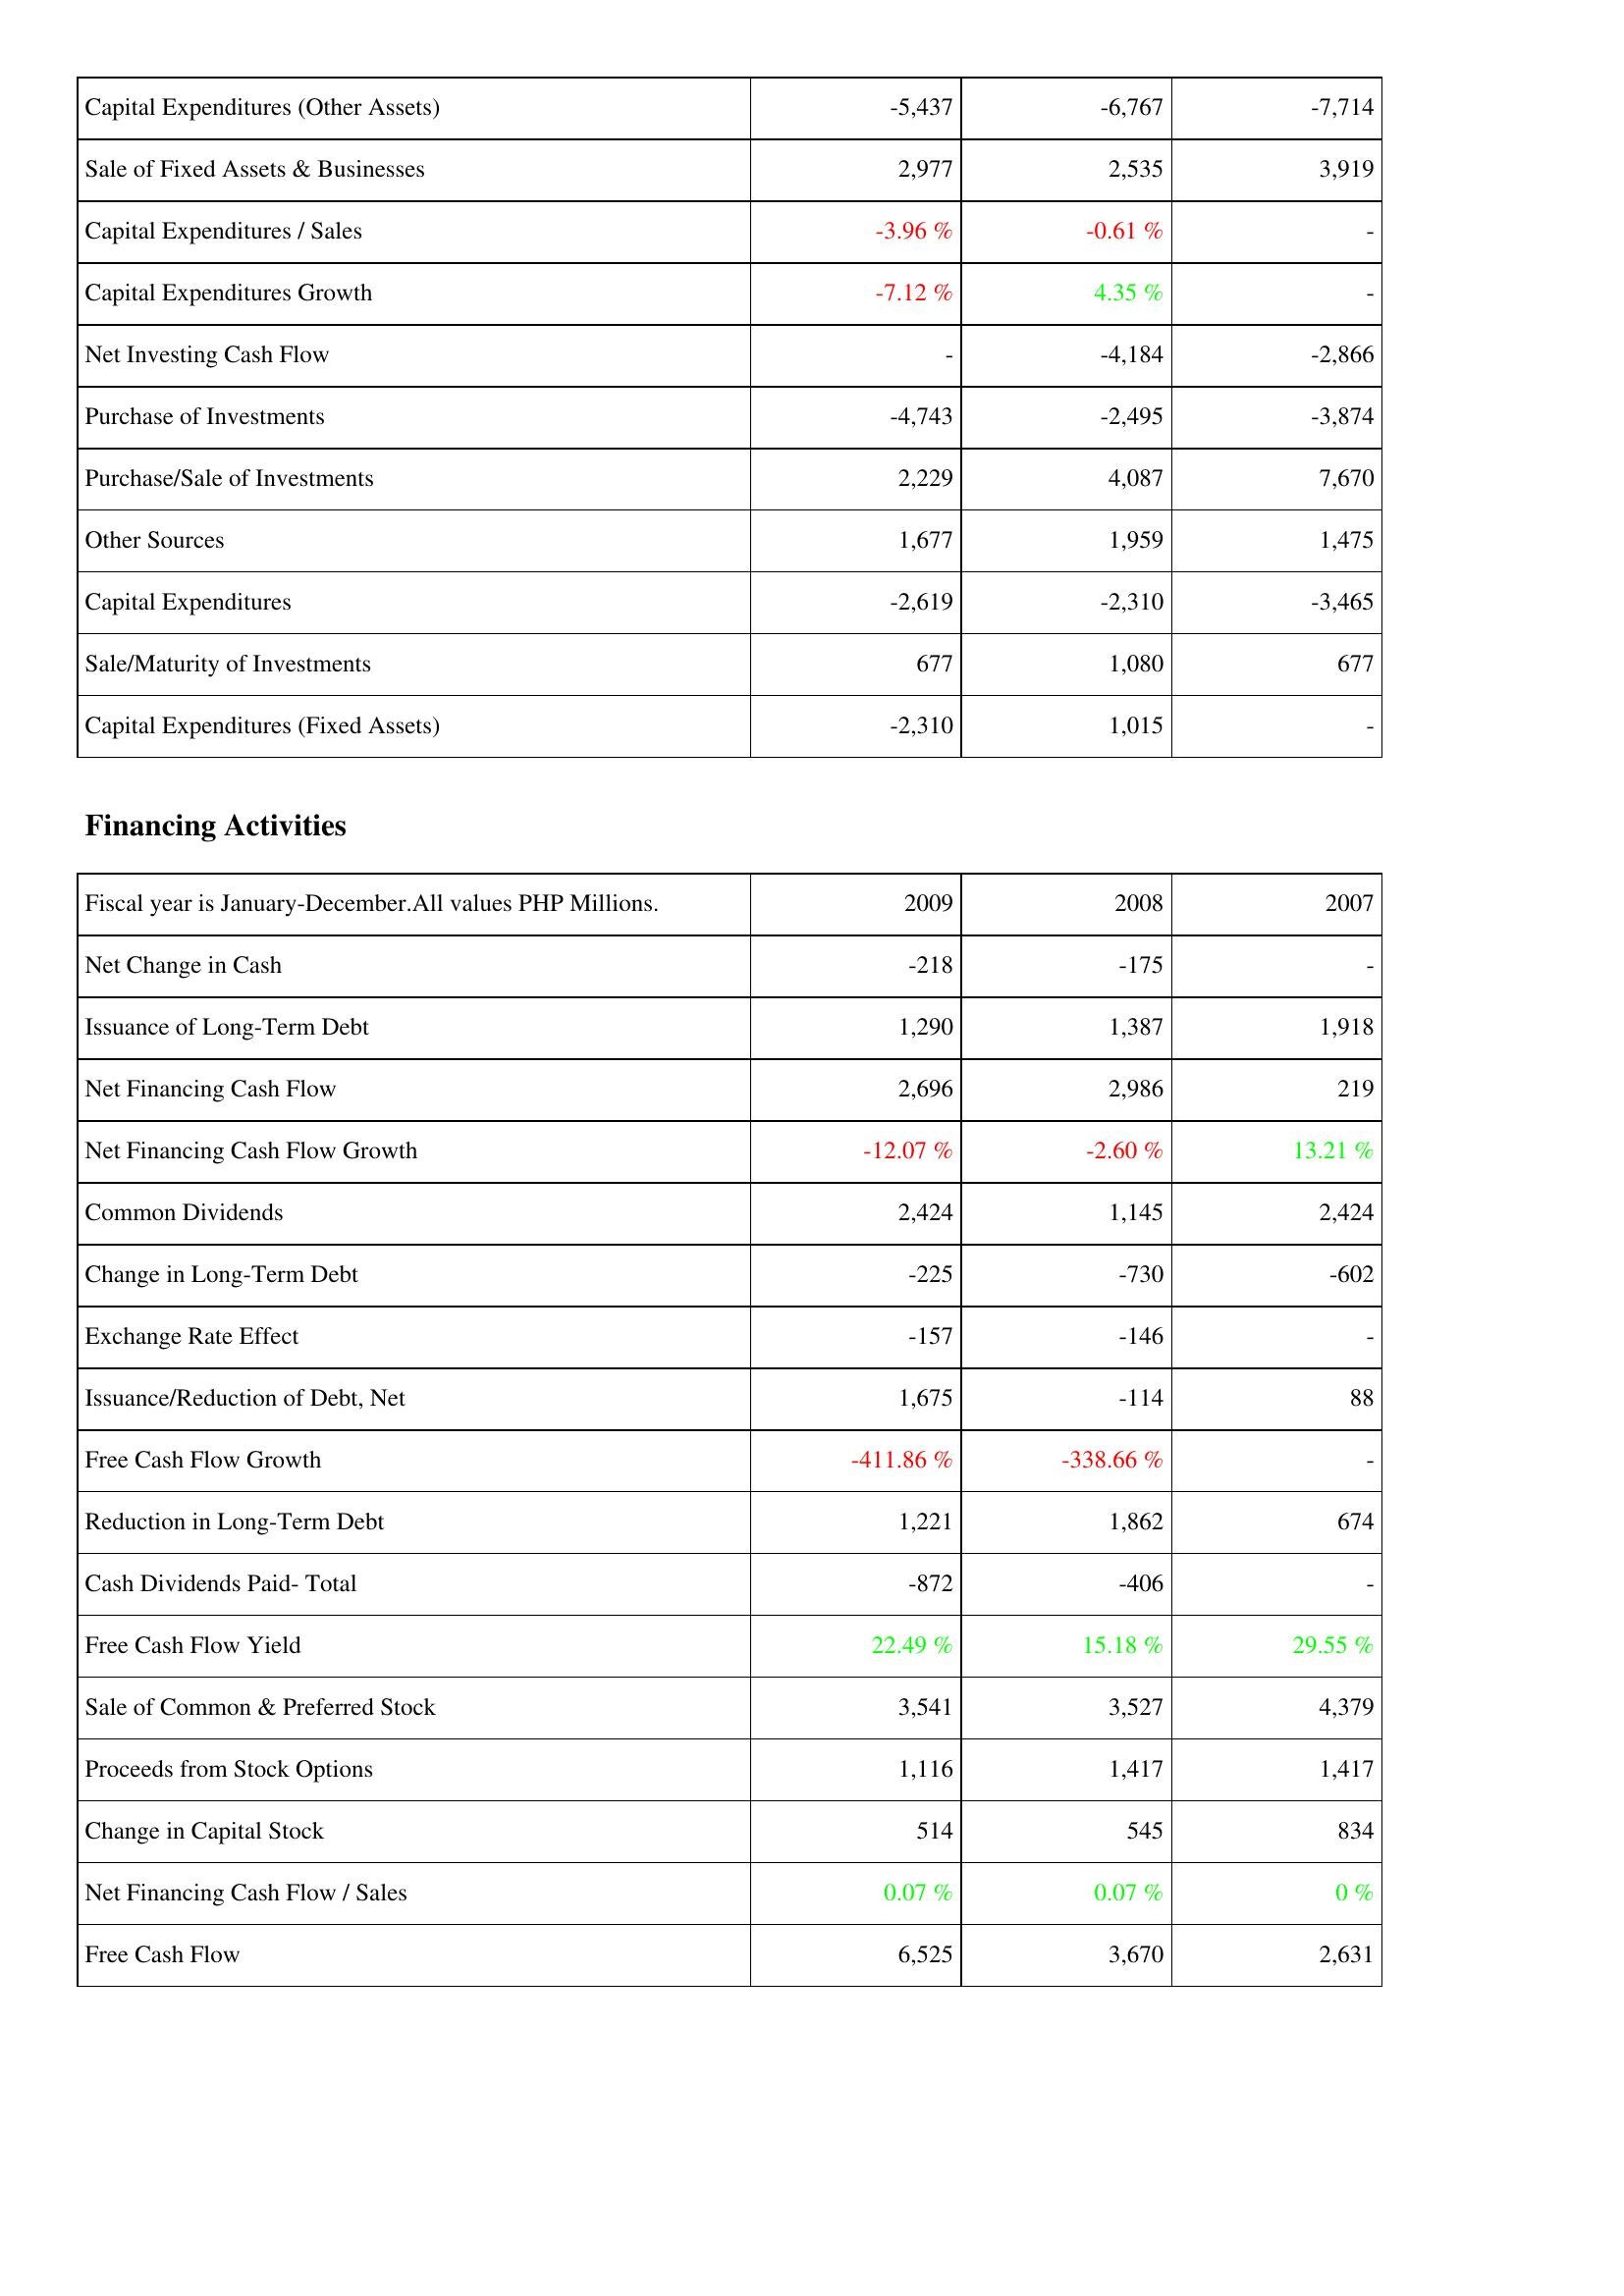
2009: Investing Activities: Capital Expenditures (Other Assets): -5,437
Sale of Fixed Assets & Businesses: 2,977
Capital Expenditures / Sales: -3.96 %
Capital Expenditures Growth: -7.12 %
Net Investing Cash Flow: -
Purchase of Investments: -4,743
Purchase/Sale of Investments: 2,229
Other Sources: 1,677
Capital Expenditures: -2,619
Sale/Maturity of Investments: 677
Capital Expenditures (Fixed Assets): -2,310
Financing Activities: Net Change in Cash: -218
Issuance of Long-Term Debt: 1,290
Net Financing Cash Flow: 2,696
Net Financing Cash Flow Growth: -12.07 %
Common Dividends: 2,424
Change in Long-Term Debt: -225
Exchange Rate Effect: -157
Issuance/Reduction of Debt, Net: 1,675
Free Cash Flow Growth: -411.86 %
Reduction in Long-Term Debt: 1,221
Cash Dividends Paid- Total: -872
Free Cash Flow Yield: 22.49 %
Sale of Common & Preferred Stock: 3,541
Proceeds from Stock Options: 1,116
Change in Capital Stock: 514
Net Financing Cash Flow / Sales: 0.07 %
Free Cash Flow: 6,525
2008: Investing Activities: Capital Expenditures (Other Assets): -6,767
Sale of Fixed Assets & Businesses: 2,535
Capital Expenditures / Sales: -0.61 %
Capital Expenditures Growth: 4.35 %
Net Investing Cash Flow: -4,184
Purchase of Investments: -2,495
Purchase/Sale of Investments: 4,087
Other Sources: 1,959
Capital Expenditures: -2,310
Sale/Maturity of Investments: 1,080
Capital Expenditures (Fixed Assets): 1,015
Financing Activities: Net Change in Cash: -175
Issuance of Long-Term Debt: 1,387
Net Financing Cash Flow: 2,986
Net Financing Cash Flow Growth: -2.60 %
Common Dividends: 1,145
Change in Long-Term Debt: -730
Exchange Rate Effect: -146
Issuance/Reduction of Debt, Net: -114
Free Cash Flow Growth: -338.66 %
Reduction in Long-Term Debt: 1,862
Cash Dividends Paid- Total: -406
Free Cash Flow Yield: 15.18 %
Sale of Common & Preferred Stock: 3,527
Proceeds from Stock Options: 1,417
Change in Capital Stock: 545
Net Financing Cash Flow / Sales: 0.07 %
Free Cash Flow: 3,670
2007: Investing Activities: Capital Expenditures (Other Assets): -7,714
Sale of Fixed Assets & Businesses: 3,919
Capital Expenditures / Sales: -
Capital Expenditures Growth: -
Net Investing Cash Flow: -2,866
Purchase of Investments: -3,874
Purchase/Sale of Investments: 7,670
Other Sources: 1,475
Capital Expenditures: -3,465
Sale/Maturity of Investments: 677
Capital Expenditures (Fixed Assets): -
Financing Activities: Net Change in Cash: -
Issuance of Long-Term Debt: 1,918
Net Financing Cash Flow: 219
Net Financing Cash Flow Growth: 13.21 %
Common Dividends: 2,424
Change in Long-Term Debt: -602
Exchange Rate Effect: -
Issuance/Reduction of Debt, Net: 88
Free Cash Flow Growth: -
Reduction in Long-Term Debt: 674
Cash Dividends Paid- Total: -
Free Cash Flow Yield: 29.55 %
Sale of Common & Preferred Stock: 4,379
Proceeds from Stock Options: 1,417
Change in Capital Stock: 834
Net Financing Cash Flow / Sales: 0 %
Free Cash Flow: 2,631